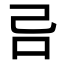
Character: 𠮯